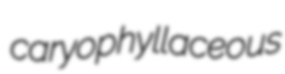
caryophyllaceous